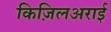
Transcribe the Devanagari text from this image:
किज़िलअराई